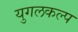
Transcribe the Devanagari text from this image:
युगलकल्प